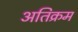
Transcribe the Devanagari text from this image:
अतिक्रम